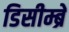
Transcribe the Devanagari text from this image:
डिसीम्ब्रे